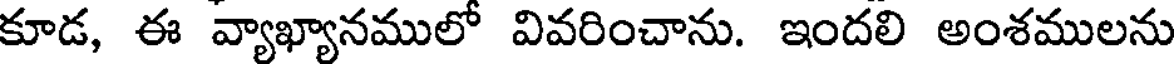
కూడ, ఈ వ్యాఖ్యానములో వివరించాను. ఇందలి అంశములను